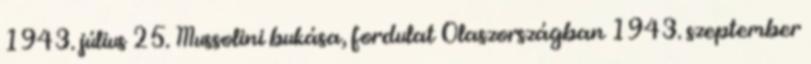
1943. július 25. Mussolini bukása, fordulat Olaszországban 1943. szeptember